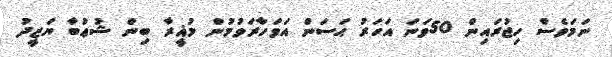
ނަމަވެސް ހިޖުރައިން 50ވަނަ އަހަރު ޙަސަން އަވަހާރަވުމުން މުޣީރާ ބިން ޝުޢުބާ ޔަޒީދު